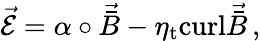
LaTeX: \vec{{\cal E}}=\alpha\circ\vec{\bar{B}}-\eta_{\mathrm{t}}\mathrm{curl}\vec{\bar{B}}\, ,